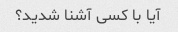
آیا با کسی آشنا شدید؟